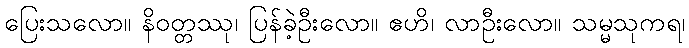
ပြေးသလော။ နိဝတ္တဿု၊ ပြန်ခဲ့ဦးလော။ ဧဟိ၊ လာဦးလော။ သမ္မသုကရ၊